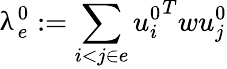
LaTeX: \uplambda_{e}^{0}:=\sum_{i<j\in e}{u_{i}^{0}}^{T}wu_{j}^{0}